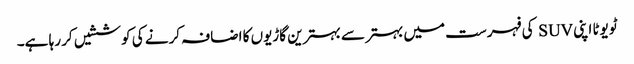
ٹویوٹا اپنی SUV کی فہرست میں بہتر سے بہترین گاڑیوں کا اضافہ کرنے کی کوششیں کر رہا ہے۔